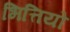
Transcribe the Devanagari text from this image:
भित्तियो